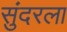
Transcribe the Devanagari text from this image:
सुंदरला